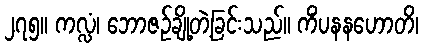
၂၇၅။ ကလ္လံ၊ ဘောဇဉ်ချို့တဲ့ခြင်းသည်။ ကိံပနနဟောတိ၊